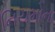
નિયમોના